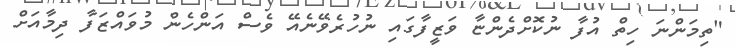
"ތިމަންނަ ހިތް އުފާ ނުކޮށްދެންޏާ ވަޒީފާގައި ނުހުރެވޭނެއޭ ވެސް އަންހެން މުވައްޒަފާ ދިމާއަށް